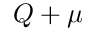
Q + \mu